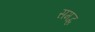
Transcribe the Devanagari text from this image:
समद्ध